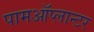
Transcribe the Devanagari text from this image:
पामऑप्लान्टर